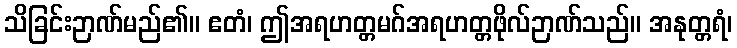
သိခြင်းဉာဏ်မည်၏။ ဧတံ၊ ဤအရဟတ္တမဂ်အရဟတ္တဖိုလ်ဉာဏ်သည်။ အနုတ္တရံ၊